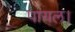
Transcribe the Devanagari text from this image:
पायल।